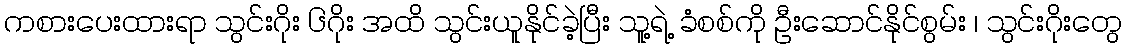
ကစားပေးထားရာ သွင်းဂိုး ၆ဂိုး အထိ သွင်းယူနိုင်ခဲ့ပြီး သူ့ရဲ့ ခံစစ်ကို ဦးဆောင်နိုင်စွမ်း ၊ သွင်းဂိုးတွေ